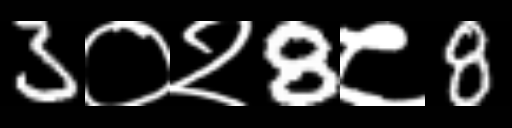
Text: 3०२8८8